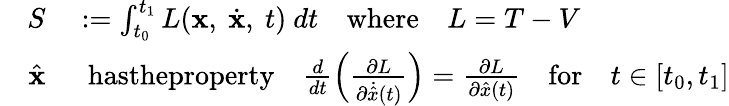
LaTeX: \begin{array}{rl}{S}&{{}:=\int_{t_{0}}^{t_{1}}L({\mathbf x},~\dot{\mathbf x},~t)~dt\quad\textrm{where}\quad L=T-V}\\ {\quad\hat{\mathbf x}}&{{}~~\textrm{hastheproperty}\quad\frac{d}{dt}\left(\frac{\partial L}{\partial\dot{\hat{x}}(t)}\right)=\frac{\partial L}{\partial\hat{x}(t)}\quad\textrm{for}\quad t\in[t_{0},t_{1}]}\end{array}